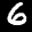
Label: 6